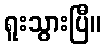
ရူးသွားပြီ။